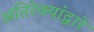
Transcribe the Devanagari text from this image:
अतिरेक्यांद्वारे